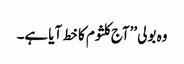
وہ بولی ’’آج کلثوم کا خط آیا ہے۔